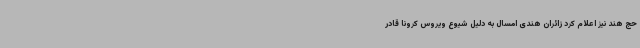
حج هند نیز اعلام کرد زائران هندی امسال به دلیل شیوع ویروس کرونا قادر